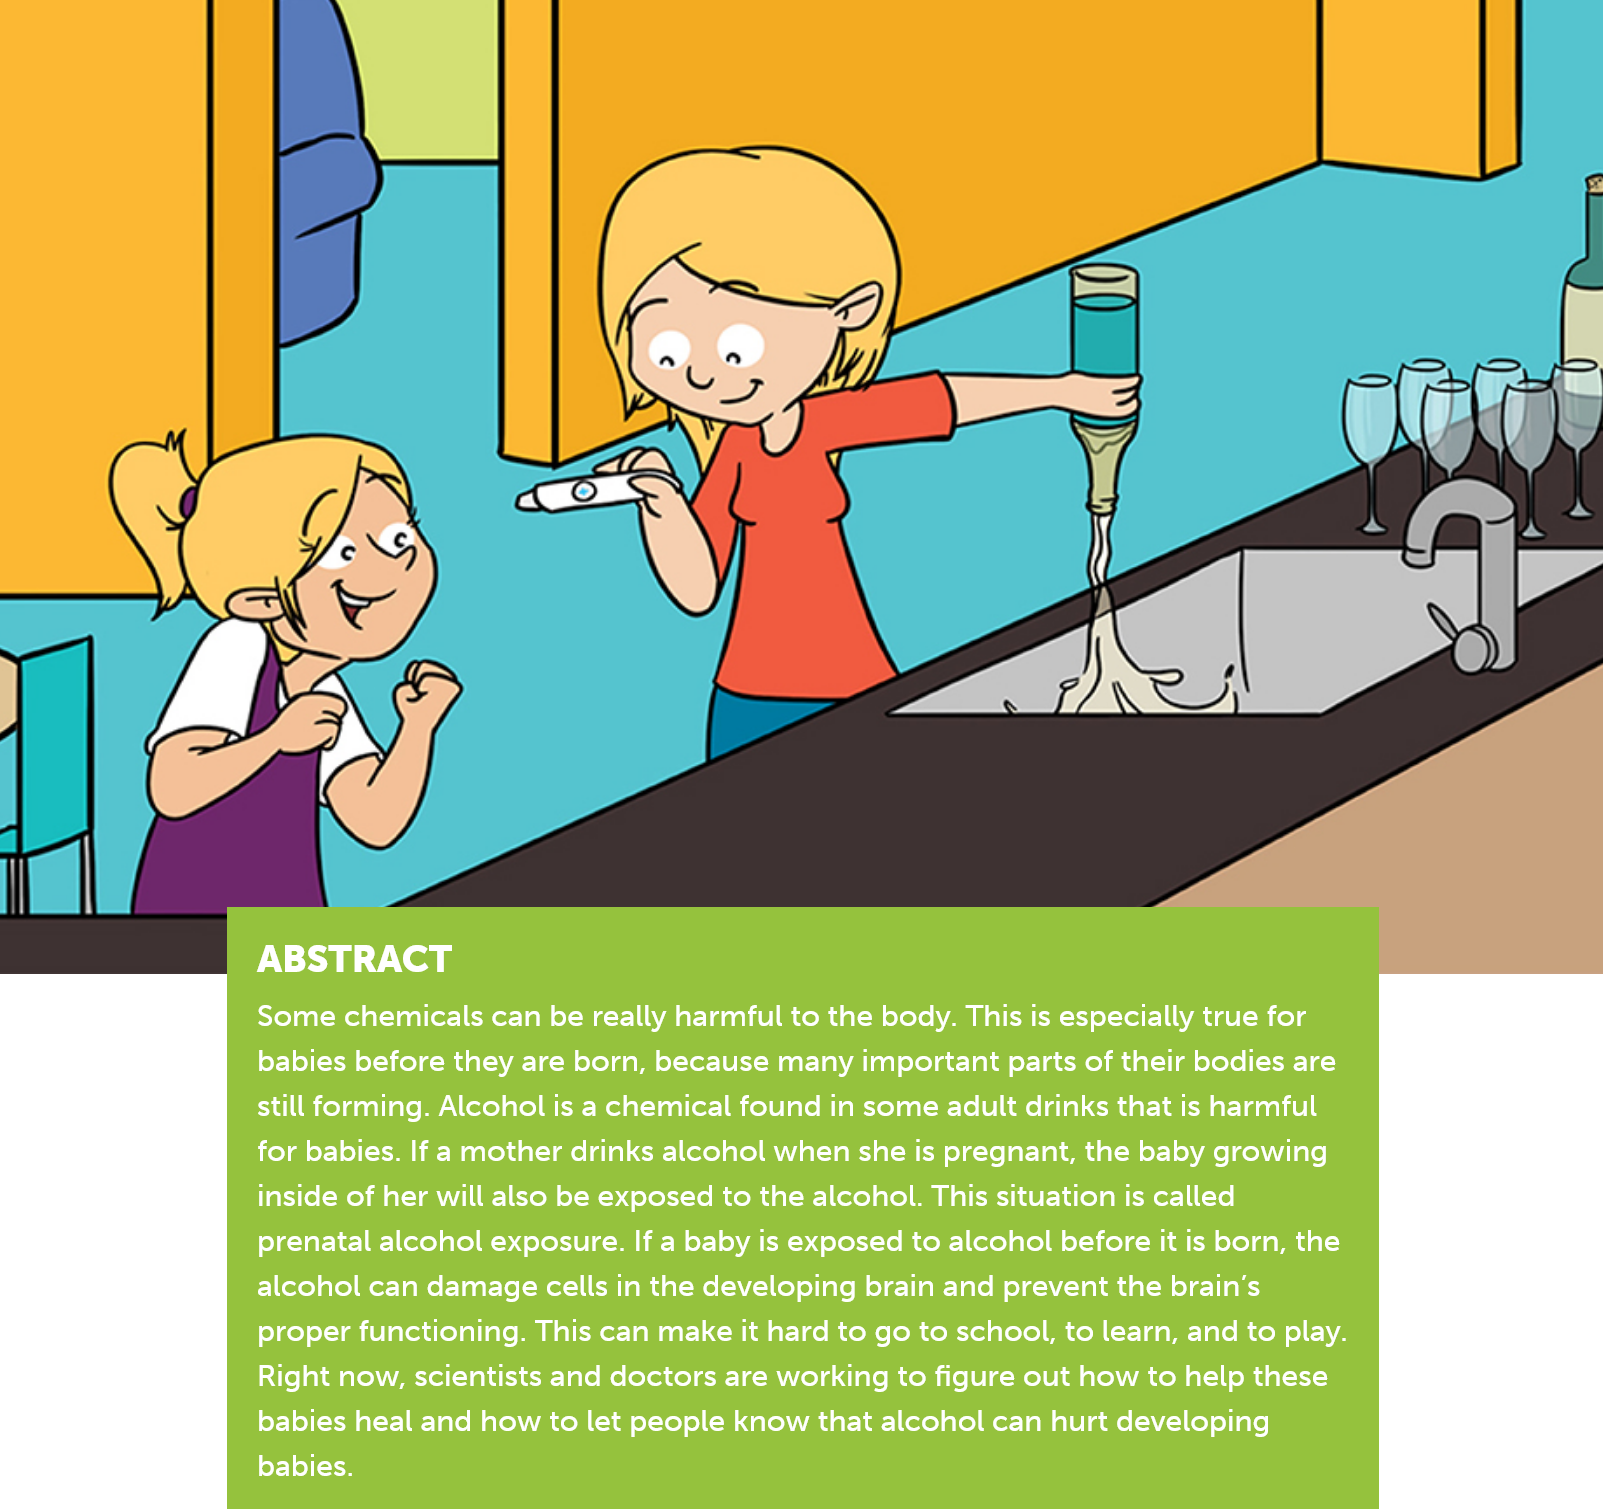
ABSTRACT
     Some chemicals can be really harmful to the body. This is especially true for
     babies before they are born, because many important parts of their bodies are
     still forming. Alcohol is a chemical found in some adult drinks that is harmful
     for babies. If a mother drinks alcohol when she is pregnant, the baby growing
     inside of her will also be exposed to the alcohol. This situation is called
     prenatal alcohol exposure. If a baby is exposed to alcohol before it is born, the
     alcohol can damage cells in the developing brain and prevent the brain's
     proper functioning. This can make it hard to go to school, to learn, and to play.
     Right now, scientists and doctors are working to figure out how to help these
     babies heal and how to let people know that alcohol can hurt developing
     babies.
     )
     =
     .
     _
     re
     —
     5
     P

     i
     ~\
     |
     eh
     lg.
     i mi Wa
  ee